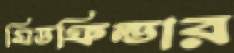
মিডফিল্ডার